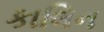
કાલિન